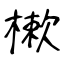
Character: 樕